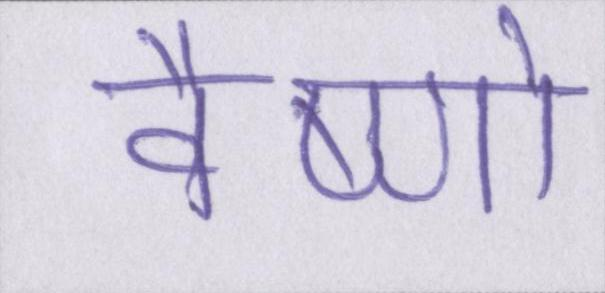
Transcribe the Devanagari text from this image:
वैष्णो